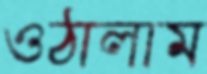
ওঠালাম